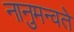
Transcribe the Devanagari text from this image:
नानुमन्वते